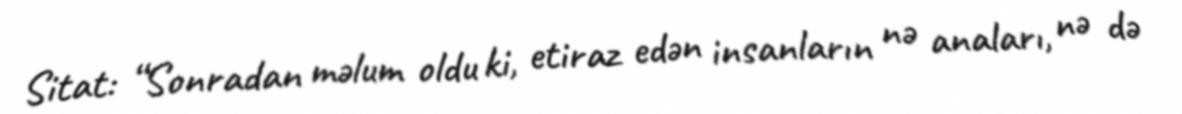
Sitat: “Sonradan məlum oldu ki, etiraz edən insanların nə anaları, nə də